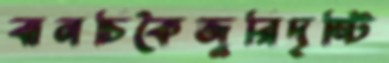
বানচিকৈজুরিদৃষ্টি